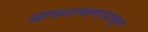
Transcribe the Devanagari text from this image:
आयनावरणापासून